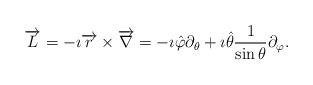
LaTeX: \begin{align*} \overrightarrow{L}=-\imath \overrightarrow{r}\times \overrightarrow{\nabla} =- \imath \hat{\varphi}\partial_\theta + \imath\hat{\theta}\frac{1}{\sin{\theta}}\partial_\varphi.\end{align*}